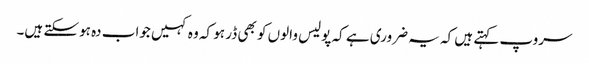
سروپ کہتے ہیں کہ یہ ضروری ہے کہ پولیس والوں کو بھی ڈر ہو کہ وہ کہیں جواب دہ ہوسکتے ہیں۔